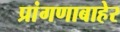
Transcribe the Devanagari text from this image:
प्रांगणाबाहेर